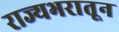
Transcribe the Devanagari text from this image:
राज्यभरातून